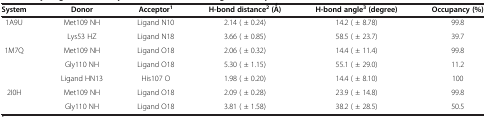
| System | Donor | Acceptor1 | H-bond distance2 (Ǻ) | H-bond angle3 (degree) | Occupancy (%) |
 | --- | --- | --- | --- | --- | --- |
 | 1A9U | Met109 NH | Ligand N10 | 2.14 ( ± 0.24) | 14.2 ( ± 8.78) | 99.8 |
 |  | Lys53 HZ | Ligand N18 | 3.66 ( ± 0.85) | 58.5 ( ± 23.7) | 39.7 |
 | 1M7Q | Met109 NH | Ligand O18 | 2.06 ( ± 0.32) | 14.4 ( ± 11.4) | 99.8 |
 |  | Gly110 NH | Ligand O18 | 5.30 ( ± 1.15) | 55.1 ( ± 29.0) | 11.2 |
 |  | Ligand HN13 | His107 O | 1.98 ( ± 0.20) | 14.4 ( ± 8.10) | 100 |
 | 2I0H | Met109 NH | Ligand O18 | 2.09 ( ± 0.28) | 23.9 ( ± 14.8) | 99.8 |
 |  | Gly110 NH | Ligand O18 | 3.81 ( ± 1.58) | 38.2 ( ± 28.5) | 50.5 |